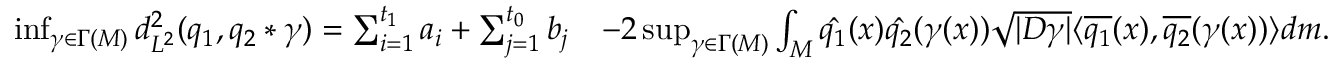
\begin{array} { r l } { \operatorname* { i n f } _ { \gamma \in \Gamma ( M ) } d _ { L ^ { 2 } } ^ { 2 } ( q _ { 1 } , q _ { 2 } * \gamma ) = \sum _ { i = 1 } ^ { t _ { 1 } } a _ { i } + \sum _ { j = 1 } ^ { t _ { 0 } } b _ { j } } & { - 2 \operatorname* { s u p } _ { \gamma \in \Gamma ( M ) } \int _ { M } \hat { q _ { 1 } } ( x ) \hat { q _ { 2 } } ( \gamma ( x ) ) \sqrt { | D \gamma | } \langle \overline { { q _ { 1 } } } ( x ) , \overline { { q _ { 2 } } } ( \gamma ( x ) ) \rangle d m . } \end{array}